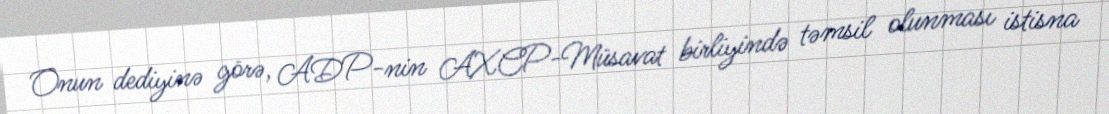
Onun dediyinə görə, ADP-nin AXCP-Müsavat birliyində təmsil olunması istisna